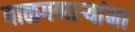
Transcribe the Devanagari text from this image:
बाळगणाऱ्यांना